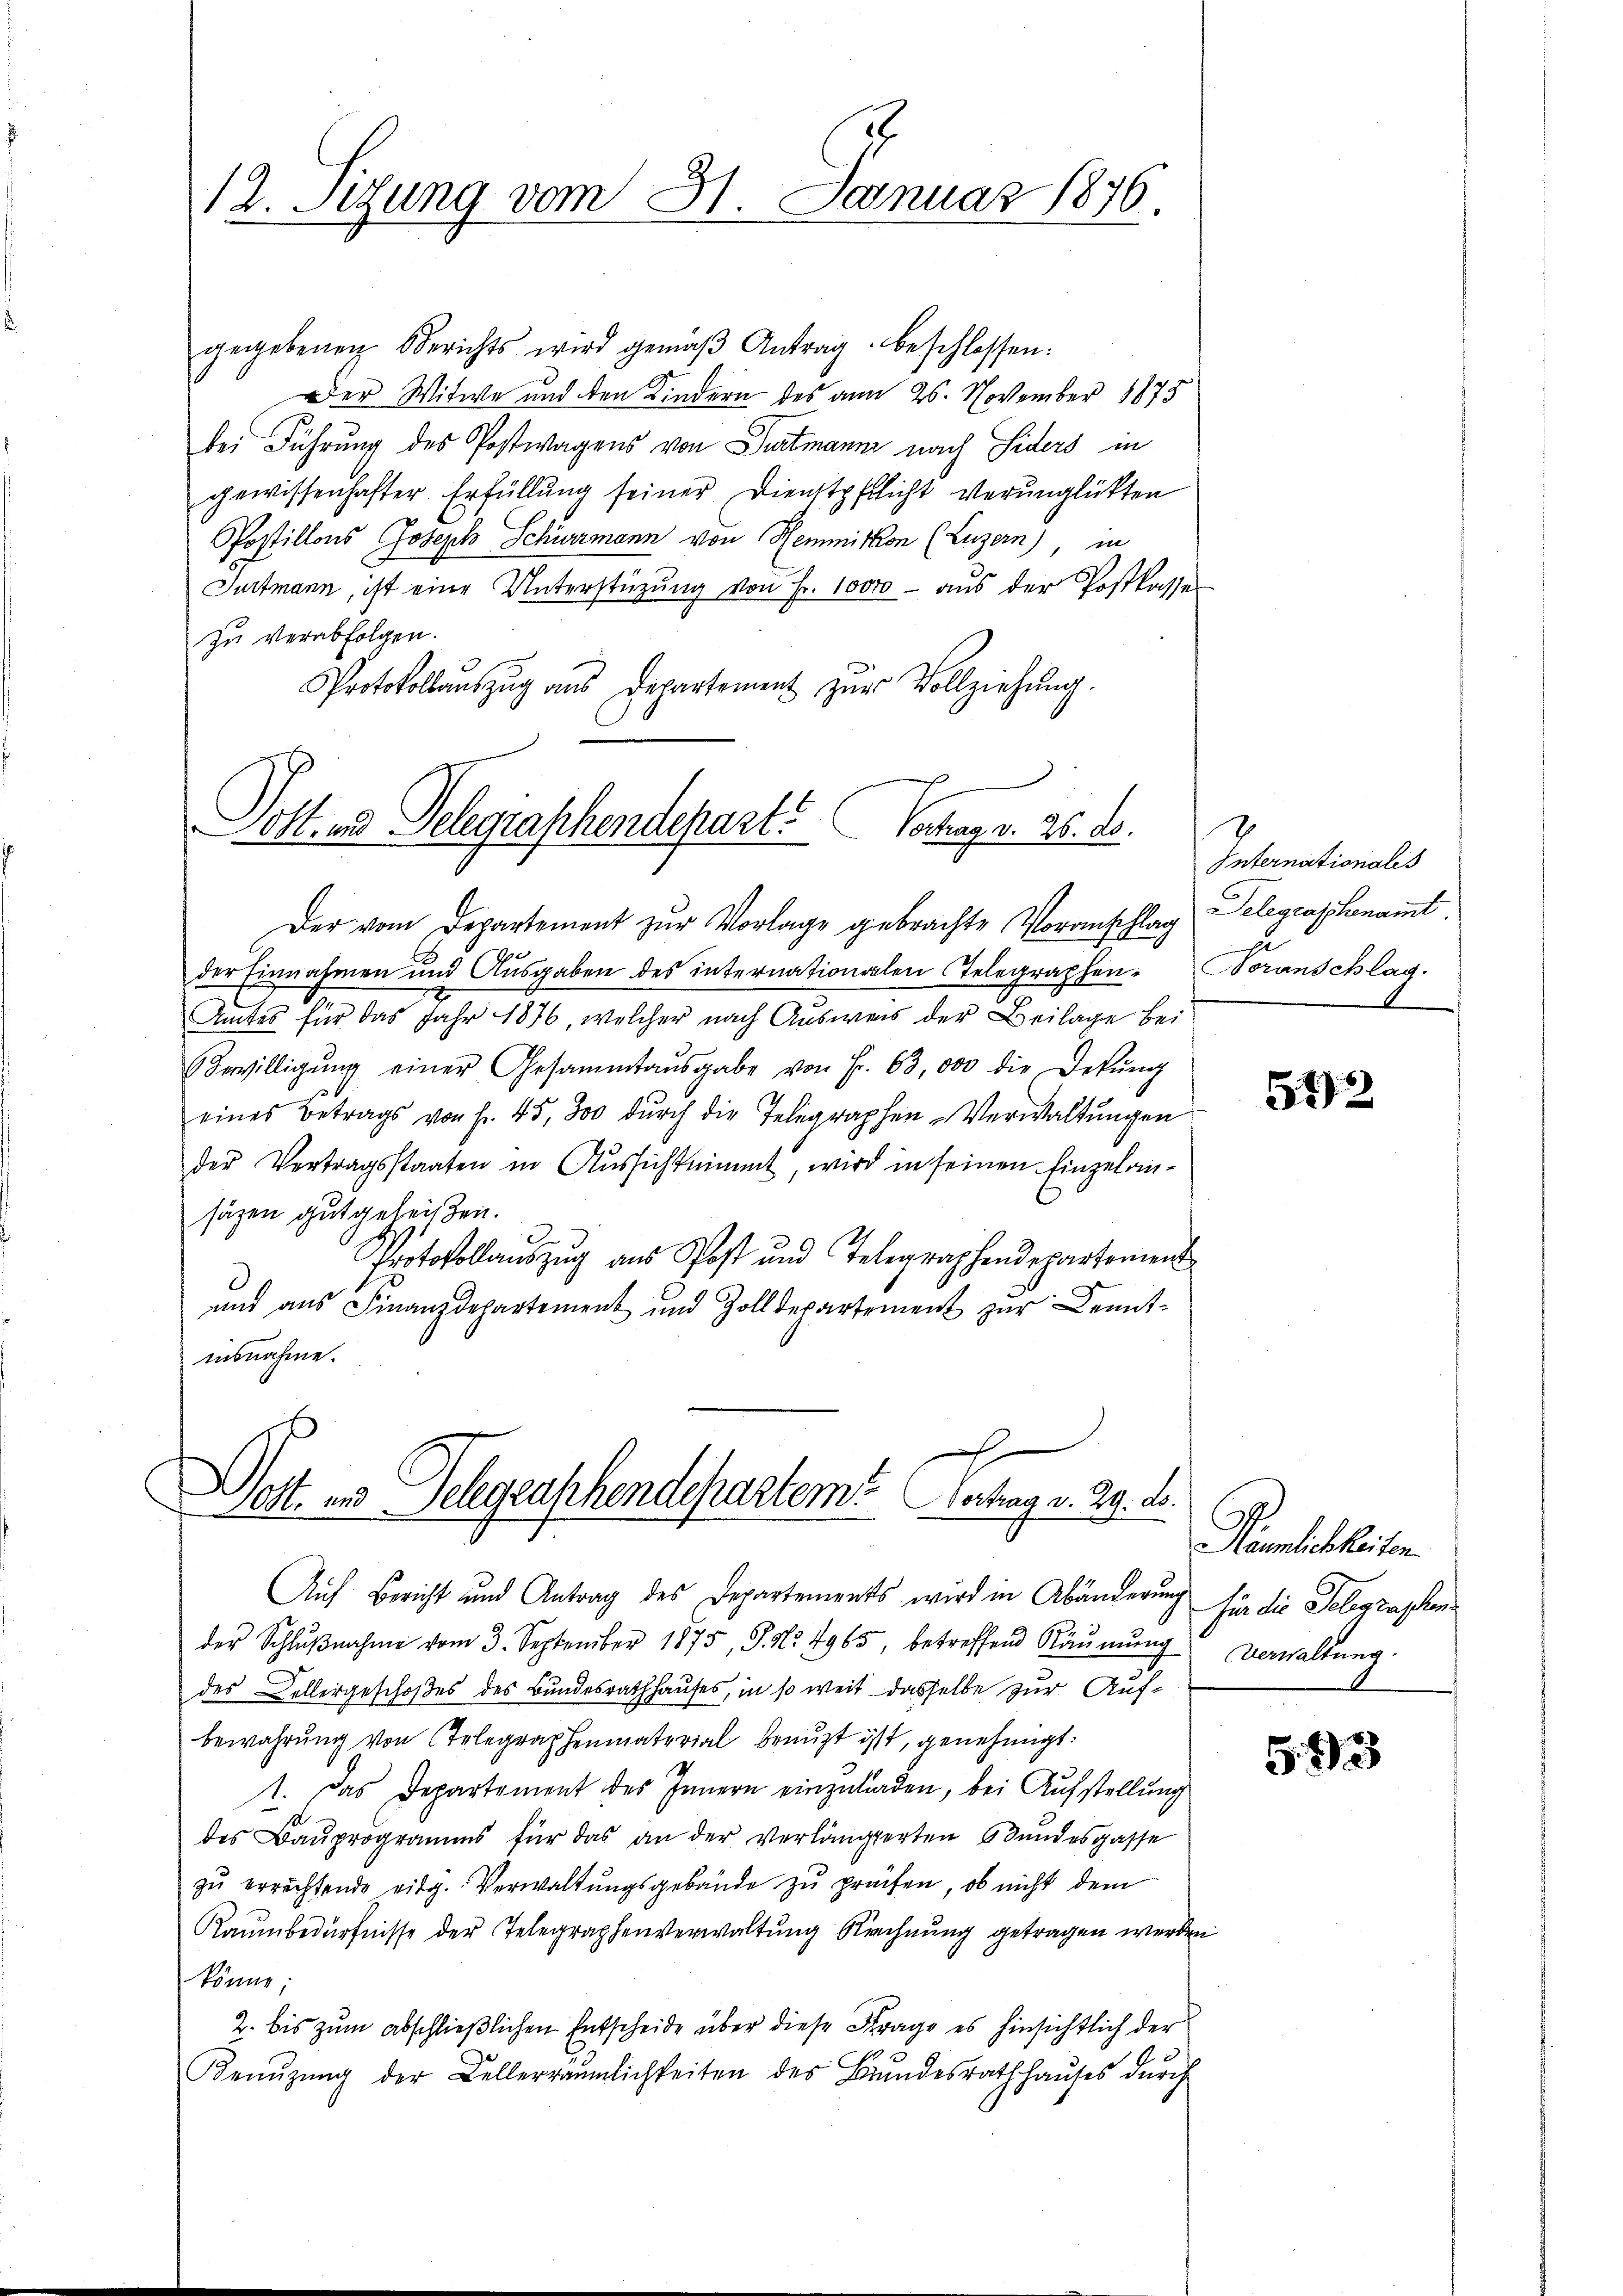
12. Sitzung vom 31. Januar 1876.

gegebenen Berichts wird gemäβ Antrag beschlossen:
Der Witwe und den Kindern des am 26. November 1875
bei Führung des Postwagens von Partmann nach Siders in
gewissenhafter Erfüllung seiner Dienstpflicht verunglükten
Postillons Joseph Schürzmann von Hemmitkon (Luzern), in
Jurtmann, ist eine Unterstützŭng von Fr. 10000 aŭs der Postkasse
zu verabfolgen.
Protokollauszug aus Departement zur Vollziehung.
Cott. und Delegraschendepart. Vortrag v. 26. ds.

Der vom Departement zur Vorlage gebrachte Voranschlag
der Einnahmen und Ausgaben des internationalen Telegraphen Voranschlag.
Amtes für das Jahr 1876, welcher nach Ausweis der Beilage bei
Bewilligŭng einer Gesammtaŭsgabe von Fr. 63, 000 die Dekŭng
eines Betrags von Fr. 45, 300 dŭrch die Telegraphen-Verwaltŭngen
der Vertragsstaaten in Aussichtnimmt, wird in seinen Einzelansäzen gut geleisten.
n
Protokollauszug aus Post und Telegraphendepartement
und aus Finanzdepartement und Zolldepartement zur Kennt-
ausnahme.

f
Dost- und Gelegraphendepartem Vortrag v. 29. d.

Auf Bericht und Antrag des Departements wird in Abänderung
der Schlŭβnahme vom 3. September 1875, P. Nr. 4965, betreffend Räumung
des Kellergeschoßes des Bundesrathhauses, in so weit dasselbe zur Aufbewahrung von Telegraphenmaterial benuzt ist, genehmigt.
1. Das Departement des Innern einzuladen, bei Aufstellung
des Bauprogramms für das an der verlängerten Bundesgasse
zu errechtende eidg. Verwaltungsgebäude zu prüfen, ob nicht dem
Raumbedürfnisse der Telegraphenverwaltung Rechnung getragen werden
könne;
2. bis zŭm abschlieβlichen Entscheide über diese Frage es hinsichtlich der
Kenŭzŭng der Bellerräumlichkeiten des Bŭndesrath haŭses dŭrch

Internationales
Telegraschenamt.

542

Räumlichkeiten.
für die Telegraphen
Verwaltung.

523